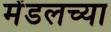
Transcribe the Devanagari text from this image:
मेंडलच्या